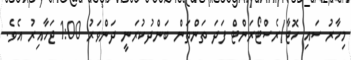
މިހާރު ސައި ހޮޓާ/ރެސްޓޯރަންޓް ފަދަ ތަންތަން ބަންދުކުރަނީ ދަންވަރު 1:00 ޖަހާއިރު އެވެ.